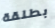
بطلقة